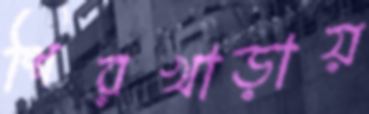
শিরখাড়ায়